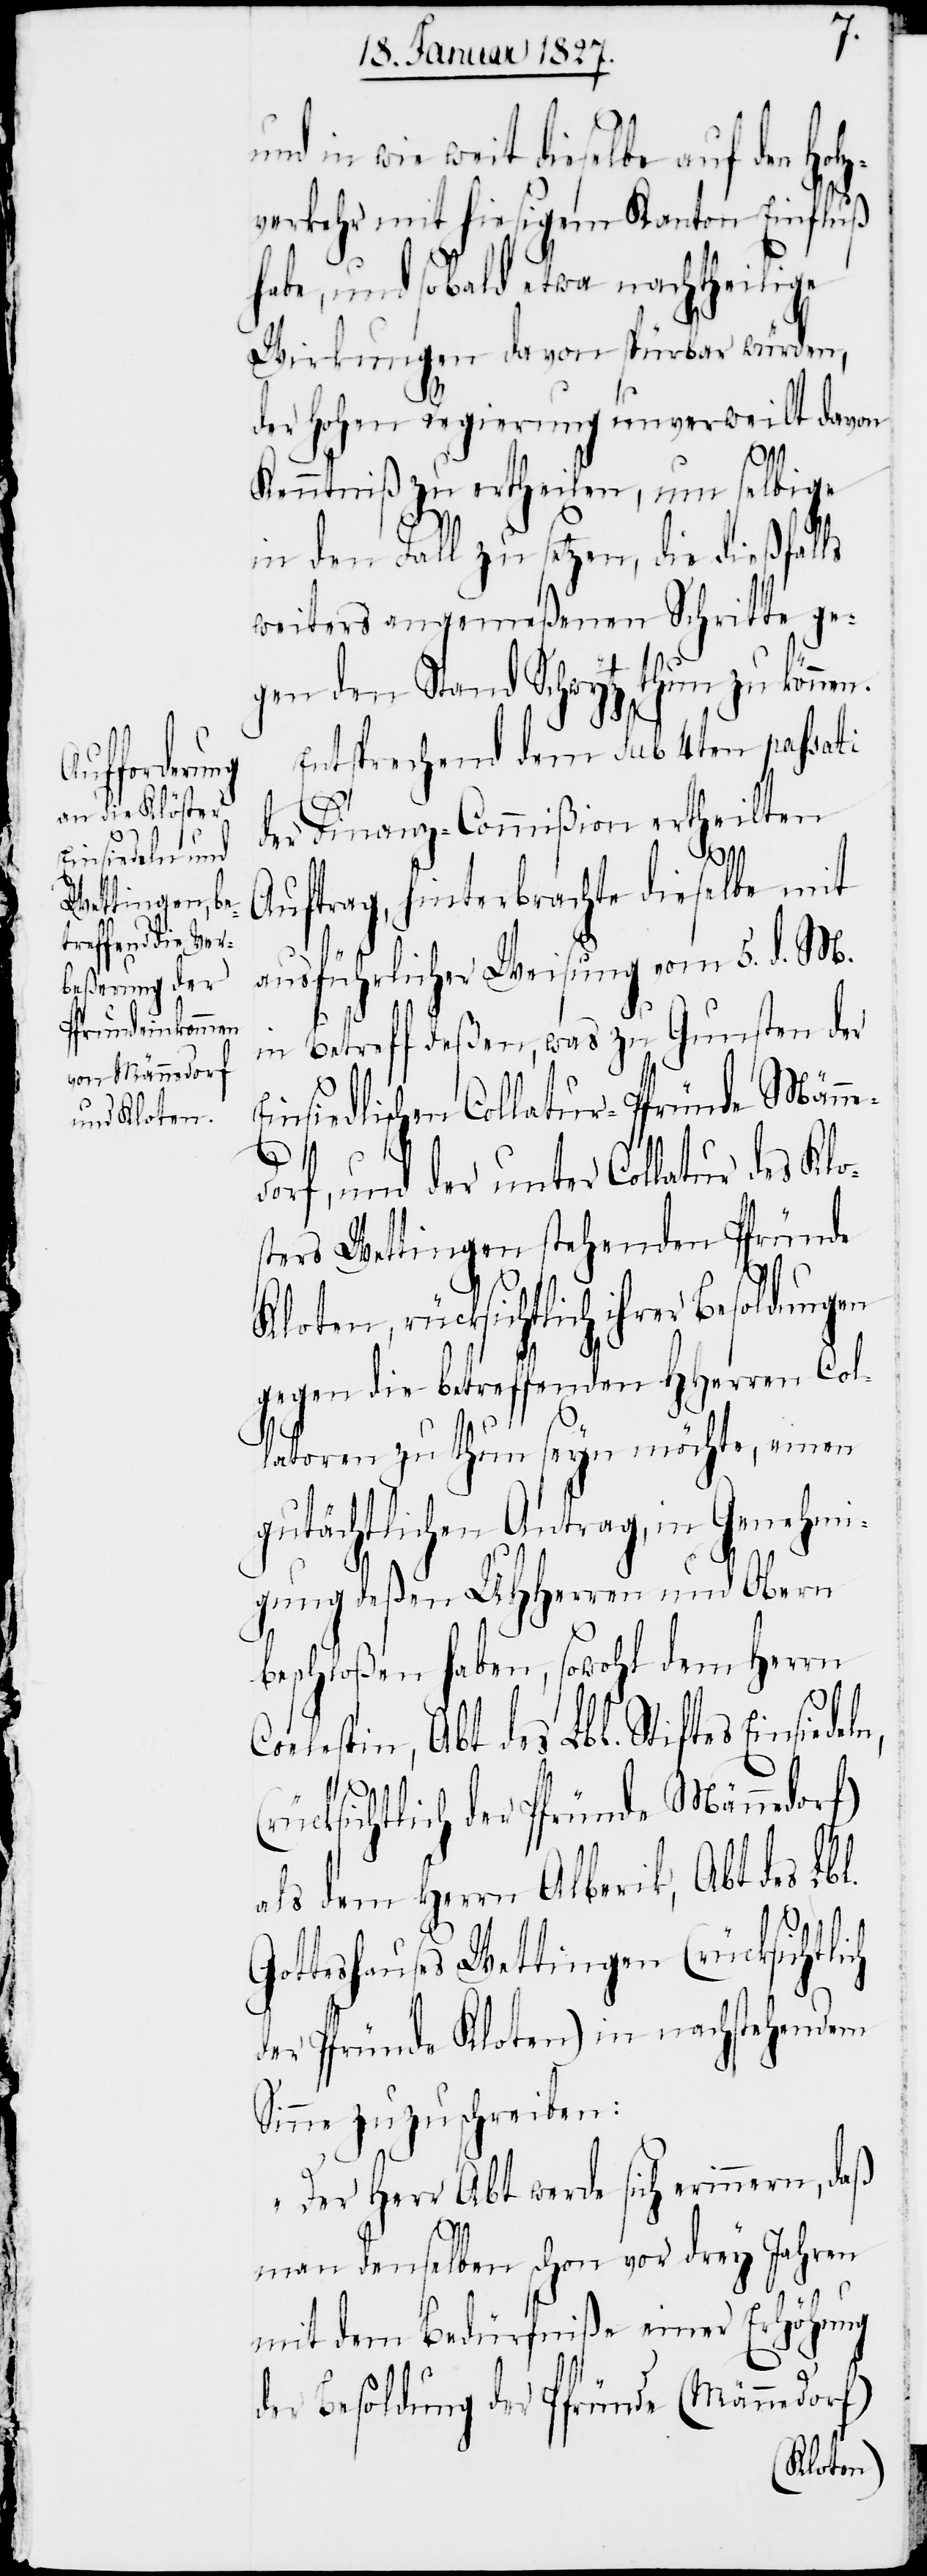
n,
in wie weit dieselbe auf den Hol¬
zverkehr mit hiesigem Kanton Einfluß
habe, und sobald etwa nachtheilige
Wirkungen davon spürbar würden,
der Hohen Regierung unverweilt davon
Kenntniß zu ertheilen, um selbige
in den Fall zu setzen, die dießfalls
weiters angemeßenen Schritte ge¬
gen den Stand Schwytz thun zu könne¬
Entsprechend dem sub 4ten passati
o¬
der Finanz-Commißion ertheilten
(r¬
E¬
Auftrag, hinterbrachte dieselbe mit
ausführlicher Weisung vom 5. d. M.
in Betreff deßen, was zu Gunsten der
insiedlischen Collatur-Pfründe Männ¬
orf, und der unter Collatur des Kl¬
sters Wettingen stehenden Pfründe
Kloten, rücksichtlich ihrer Besoldungen
gegen die betreffenden HHerren Col¬
latoren zu thun seyn möchte, einen
gutächtlichen Antrag, in Genehmi¬
gung deßen UHHerren und Obern
beschloßen haben, sowohl dem Herrn
Coelestin, Abt des Lbl. Stiftes Einsiedel¬
ücksichtlich der Pfründe Männedorf)
als dem Herrn Alberik, Abt des Lbl.
Gotteshauses Wettingen (rücksichtlich
der Pfründe Kloten) in nachstehendem
Sinne zuzuschreiben:
„Der Herr Abt werde sich erinnern,
man denselben schon vor drey Jahren
mit dem Bedürfniße einer Erhöhung
der Besoldung der Pfründe (Männedorf)